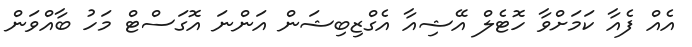
އެއް ފެއާ ކަމަށްވާ ހޮޓެލް އޭޝިއާ އެގްޒިބިޝަން އަންނަ އޮގަސްޓް މަހު ބާއްވަން